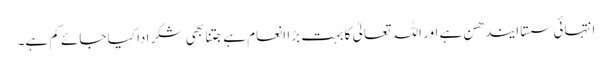
انتہائی سستا ایندھن ہے اور اللہ تعالیٰ کا بہت بڑا انعام ہے جتنا بھی شکر ادا کیا جائے کم ہے۔